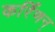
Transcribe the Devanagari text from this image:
कर्रिणन्